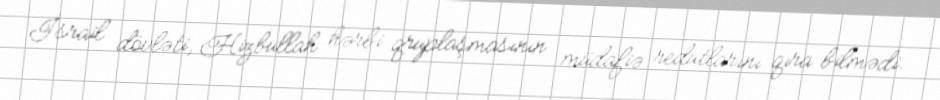
İsrail dövləti, Hizbullah hərbi qruplaşmasının müdafiə redutlarını qıra bilmədi.